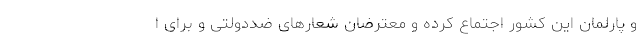
و پارلمان این کشور اجتماع کرده و معترضان شعارهای ضددولتی و برای ا